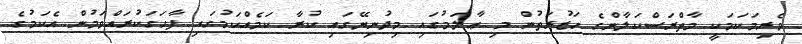
ވެރިމަކަމަކީ މާތްރަސްކަލާންގެ ހަޒުރަތުން މި ޢާލަމުގައި މިދުނިޔޭގައި ކުރާ ކަމެއްކަމުގައި ފާހަގަކުރައްވަމުން އެކަމުގެ